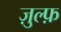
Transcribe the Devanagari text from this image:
ज़ुल्फ़